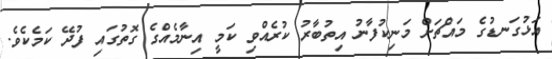
އަޅުގަނޑުގެ މައްޗަށް މަނިކުފާނު އިތުބާރު ކުރެއްވި ކަމީ އިނާމެއްގެ ގޮތުގައި ފުދޭ ކަމެކެވެ.